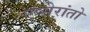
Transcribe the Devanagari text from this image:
एप्सेरांतो